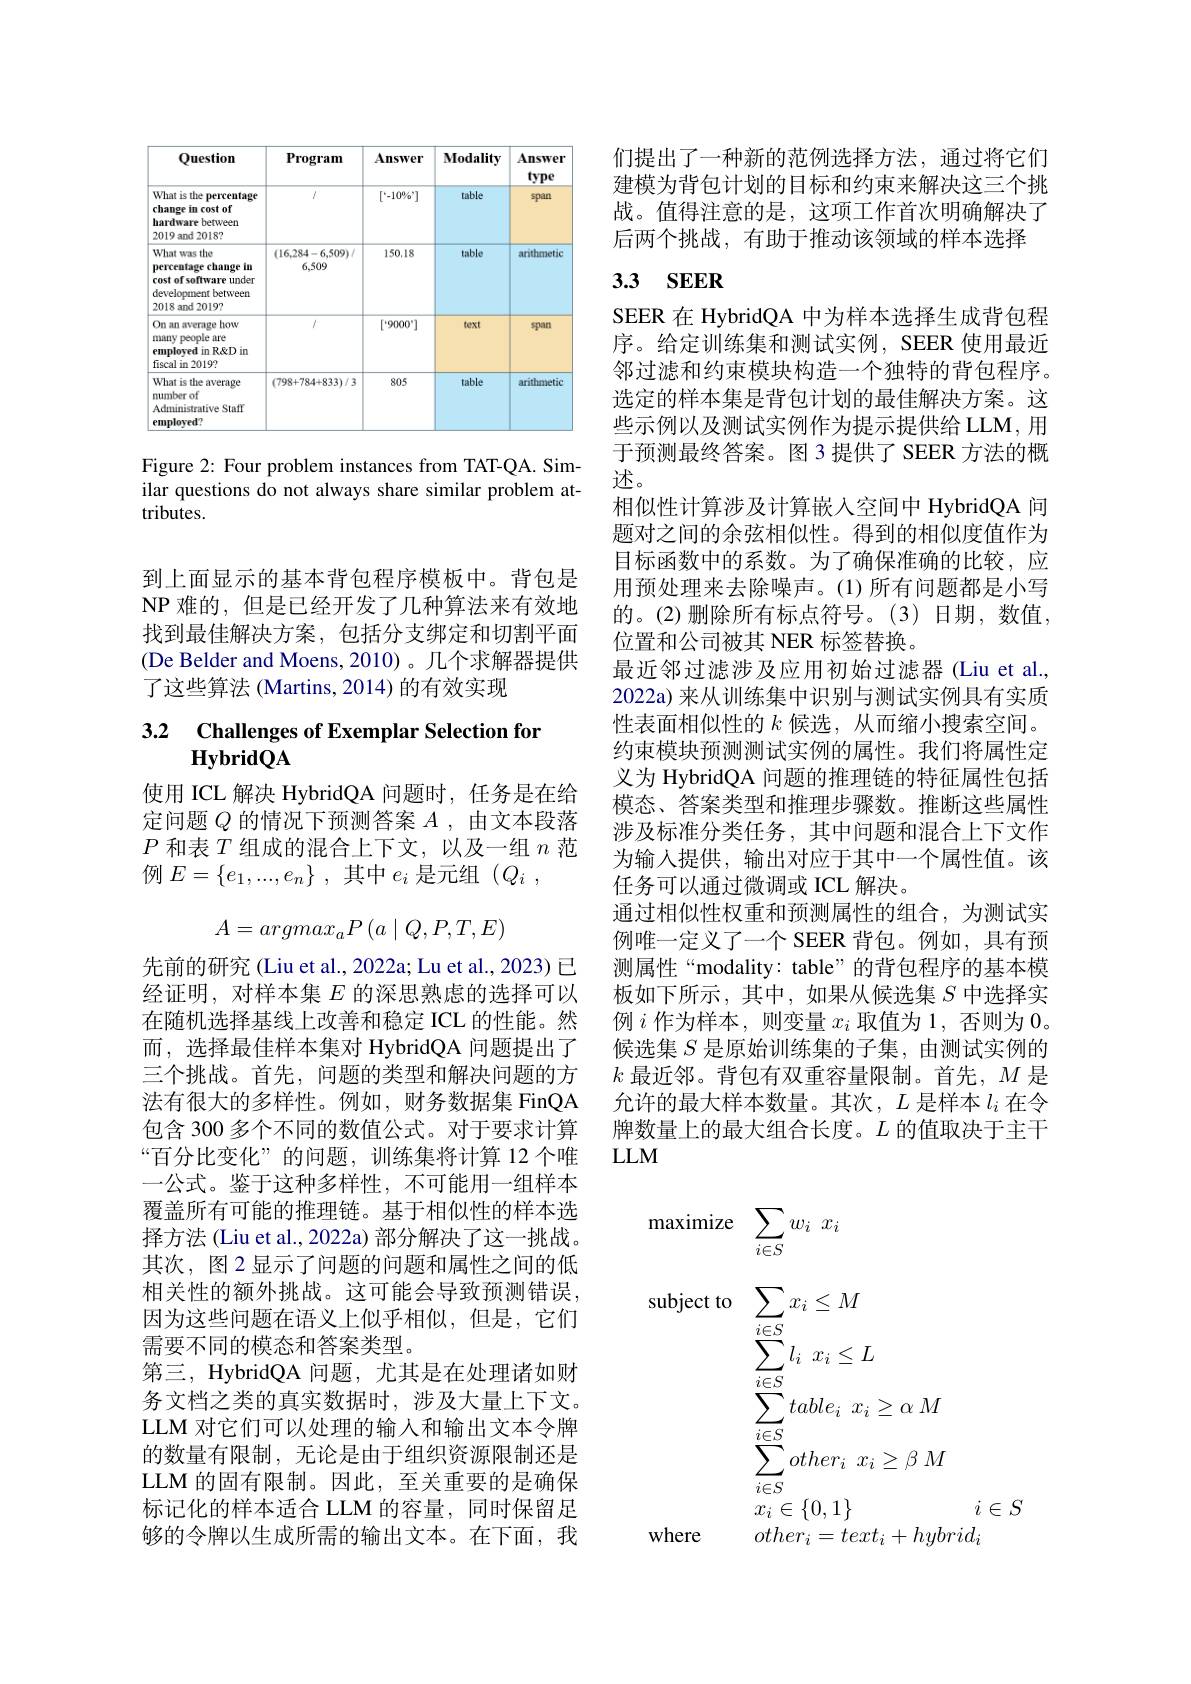
<table>
	<tbody>
		<tr>
			<th>Question</th>
			<th>Program</th>
			<th>Answer</th>
			<th>$\mathbf{Modality}$</th>
			<th>Answer type</th>
		</tr>
		<tr>
			<td>What is the percentage change in cost of hardware between 2019 and 2018?</td>
			<td>$\angle AB=\angle AC$</td>
			<td>$[-10\%,]$</td>
			<td>table</td>
			<td>span</td>
		</tr>
		<tr>
			<td>What was the percentage change in cost of software under development between 2018 and 20197</td>
			<td>(16,284-6,509)/ 6,509</td>
			<td>150.18</td>
			<td>table</td>
			<td>arithmetic</td>
		</tr>
		<tr>
			<td>On an average how many people are employed in R&D )in fiscal in 2019?</td>
			<td> </td>
			<td>$[\cdot9000^{\circ}]$</td>
			<td>text</td>
			<td>span</td>
		</tr>
		<tr>
			<td>What is the average number of Administrative Staff employed?</td>
			<td>(798+784+833)/3</td>
			<td>805</td>
			<td>table</td>
			<td>arithmetic</td>
		</tr>
	</tbody>
</table>

Figure 2: Four problem instances from TAT-QA. Similar questions do not always share similar problem attributes.

到上面显示的基本背包程序模板中。背包是NP 难的，但是已经开发了几种算法来有效地找到最佳解决方案，包括分支绑定和切割平面(De Belder and Moens, 2010) 。几个求解器提供了这些算法 (Martins, 2014) 的有效实现

# 3.2 $\textbf{Challenges of Exemplar Selection for}$

使用 ICL 解决 HybridQA 问题时，任务是在给定问题$Q$的情况下预测答案$A$ ,由文本段落$P$和表$T$组成的混合上下文，以及一组$n$范例$E=\left\{e_1,...,e_n\right\}$,其中$e_i$是元组$(Q_i$,
$$A=argmax_{a}P\left(a\mid Q,P,T,E\right)$$
先前的研究 (Liu et al., 2022a; Lu et al., 2023) 已经证明，对样本集$E$的深思熟虑的选择可以在随机选择基线上改善和稳定 ICL 的性能。然而，选择最佳样本集对 HybridQA 问题提出了三个挑战。首先，问题的类型和解决问题的方法有很大的多样性。例如，财务数据集 FinQA 包含 300 多个不同的数值公式。对于要求计算“百分比变化”的问题，训练集将计算 12 个唯一公式。鉴于这种多样性，不可能用一组样本覆盖所有可能的推理链。基于相似性的样本选择方法 (Liu et al., 2022a) 部分解决了这一挑战。其次，图2显示了问题的问题和属性之间的低相关性的额外挑战。这可能会导致预测错误， 因为这些问题在语义上似乎相似，但是，它们需要不同的模态和答案类型。
第三，HybridQA 问题，尤其是在处理诸如财务文档之类的真实数据时，涉及大量上下文。LLM 对它们可以处理的输入和输出文本令牌的数量有限制，无论是由于组织资源限制还是LLM 的固有限制。因此，至关重要的是确保标记化的样本适合 LLM 的容量，同时保留足够的令牌以生成所需的输出文本。在下面，我

们提出了一种新的范例选择方法，通过将它们建模为背包计划的目标和约束来解决这三个挑战。值得注意的是，这项工作首次明确解决了后两个挑战，有助于推动该领域的样本选择

## 3.3 SEER

SEER 在 HybridQA 中为样本选择生成背包程序。给定训练集和测试实例，SEER 使用最近邻过滤和约束模块构造一个独特的背包程序。选定的样本集是背包计划的最佳解决方案。这些示例以及测试实例作为提示提供给 LLM, 用于预测最终答案。图 3 提供了 SEER 方法的概述。
相似性计算涉及计算嵌入空间中 HybridQA 问题对之间的余弦相似性。得到的相似度值作为目标函数中的系数。为了确保准确的比较，应用预处理来去除噪声。(1)所有问题都是小写的。(2)删除所有标点符号。(3)日期，数值， 位置和公司被其 NER 标签替换。
最近邻过滤涉及应用初始过滤器(Liu et al., 2022a) 来从训练集中识别与测试实例具有实质性表面相似性的$k$候选，从而缩小搜索空间。约束模块预测测试实例的属性。我们将属性定义为 HybridQA 问题的推理链的特征属性包括模态、答案类型和推理步骤数。推断这些属性涉及标准分类任务，其中问题和混合上下文作为输入提供，输出对应于其中一个属性值。该任务可以通过微调或 ICL 解决。
通过相似性权重和预测属性的组合，为测试实例唯一定义了一个 SEER 背包。例如，具有预测属性“modality: table”的背包程序的基本模板如下所示，其中，如果从候选集$S$中选择实例$i$ 作为样本，则变量$x_i$ 取值为 1,否则为 0。候选集$S$是原始训练集的子集，由测试实例的$k$最近邻。背包有双重容量限制。首先，$M$是允许的最大样本数量。其次，$L$是样本$l_i$在令牌数量上的最大组合长度。$L$的值取决于主干$LLM$

${\mathrm{maximize}}$ $\sum _{i\in S}w_{i}$ $x_{i}$
subject to
$$\begin{aligned}&\sum_{i\in S}x_{i}\leq M\\&\sum_{i\in S}l_{i}\:x_{i}\leq L\\&\sum_{i\in S}table_{i}\:x_{i}\geq\alpha\:M\\&\sum_{i\in S}other_{i}\:x_{i}\geq\beta\:M\\&x_{i}\in\{0,1\}\end{aligned}$$
where
$other_{i}=text_{i}+hybrid_{i}$

$i\in S$